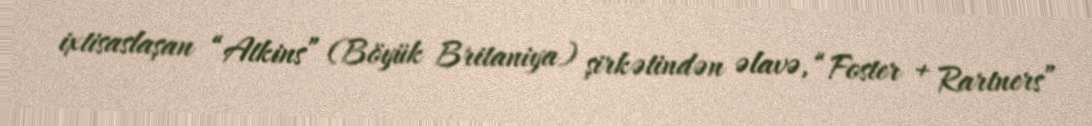
ixtisaslaşan “Atkins” (Böyük Britaniya) şirkətindən əlavə, “Foster + Rartners”